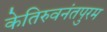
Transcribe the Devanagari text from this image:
केतिरुवनंतपुरम